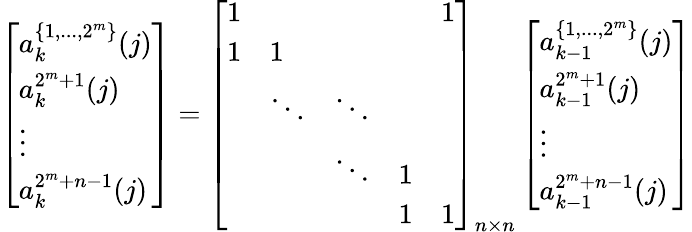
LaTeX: \left[\begin{array}{l}{a_{k}^{\{ 1,...,2^{m}\} }(j)}\\ {a_{k}^{2^{m}+1}(j)}\\ {\vdots}\\ {a_{k}^{2^{m}+n-1}(j)}\end{array}\right]=\left[\begin{array}{lllll}{1}&&&&{1}\\ {1}&{1}&\\ &{\ddots}&{\ddots}\\ &&{\ddots}&{1}&\\ &&&{1}&{1}\end{array}\right]_{n\times n}\left[\begin{array}{l}{a_{k-1}^{\{ 1,...,2^{m}\} }(j)}\\ {a_{k-1}^{2^{m}+1}(j)}\\ {\vdots}\\ {a_{k-1}^{2^{m}+n-1}(j)}\end{array}\right]